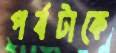
পর্বটাকে